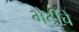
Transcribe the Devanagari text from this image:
भेटींचे